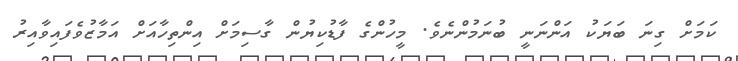
ކަމަށް ގިނަ ބަޔަކު އަންނަނީ ބުނަމުންނެވެ. މީހުންގެ ފާޑުކިޔުން ގާސިމަށް އިންތިހާއަށް އަމާޒުވެފައިވާއިރު